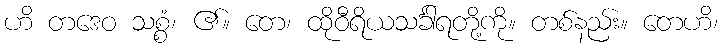
ဟိ တဒေဝ သစ္စံ၊ ၏။ တေ၊ ထိုဝီရိယသင်္ခါရတို့ကို။ တစ်နည်း။ တေဟိ၊